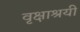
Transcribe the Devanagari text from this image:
वृक्षाश्रयी